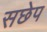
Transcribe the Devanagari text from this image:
सछेप